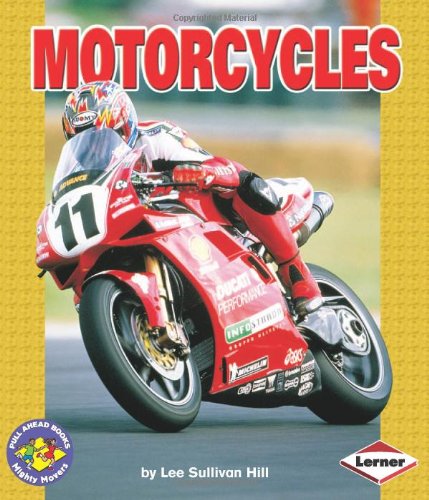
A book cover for Motorcycles (Pull Ahead Books); Lee Sullivan Hill; Children's Books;